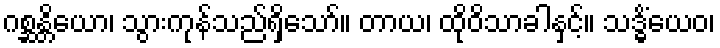
ဂစ္ဆန္တိယော၊ သွားကုန်သည်ရှိသော်။ တာယ၊ ထိုဝိသာခါနှင့်။ သဒ္ဓိံယေဝ၊